Annual report on the working of the mental hospitals in the Madras Presidency - 1912-1932
Year: 1912
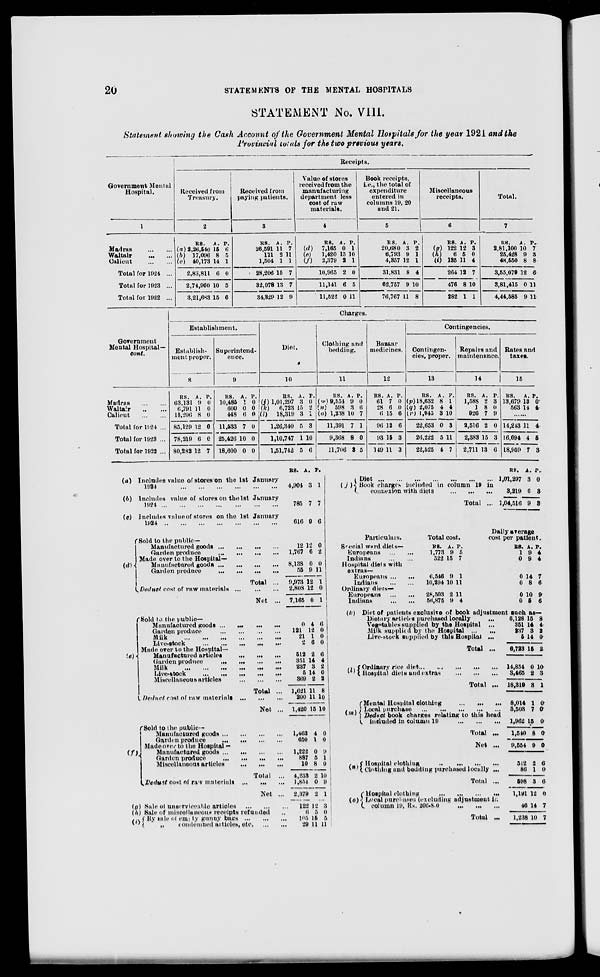
20
STATEMENTS OF THE MENTAL HOSPITALS
STATEMENT No. VIII.
Statement showing the Cash Account of the Government Mental Hospitals for the year 1921 and the
Provincial totals for the two previous years.
Government Mental
Hospital.
1
Madras
...
...
Waltair
...
...
Calicut
...
...
Total for 1924 ...
Total for 1923 ...
Total for 1922 ...
Receipts.
Received from
Treasury.
2
RS.
(a) 2,26,540
(b) 17,096
(c)
40,173
2,83,811
2,74,960
3,21,683
A.
15
8
14
6
10
15
P.
6
5
1
0
3
6
Received from
paying patients.
3
RS.
26,591
111
1,504
28,206
32,078
34,329
A.
11
2
1
15
13
12
P.
7
11
1
7
7
9
Value of stores
received from the
manufacturing
department less
cost of raw
materials.
4
RS.
(d)
7,165
(e)
1,420
(f)
2,379
10,965
11,141
11,522
A.
0
15
2
2
6
0
P.
1
10
1
0
5
11
Book receipts,
i.e., the total of
expenditure
entered in
columns 19, 20
and 21.
5
RS.
20,680
6,793
4,357
31,831
62,757
76,767
A.
3
9
12
8
9
11
P.
2
1
1
4
10
8
Miscellaneous
receipts.
6
RS.
(g) 122
(h)
6
(i) 135
264
476
282
A.
12
5
11
12
8
1
P.
3
0
4
7
10
1
Total.
7
RS.
2,81,100
25,428
48,550
3,55,079
3,81,415
4,44,585
A.
10
9
8
12
0
9
P.
7
3
8
6
11
11
Government
Mental Hospital—
cont.
Madras
...
...
Waltair
...
...
Calicut
...
...
Total for 1924 ...
Total for 1923 ...
Total for 1922 ...
Charges.
Establishment.
Establish-
ment proper.
8
RS.
63,131
6,791
15,206
85,129
78,219
80,282
A.
9
11
8
12
6
12
P.
0
0
0
0
0
7
Superintend-
ence.
9
RS.
10,485
600
448
11,533
25,426
18,600
A.
1
0
6
7
10
0
P.
0
0
0
0
0
0
Diet.
10
RS.
(j) 1,01,297
(k)
6,723
(l)
18,319
1,26,340
1,10,747
1,51,742
A.
3
15
3
5
1
5
P.
0
2
1
3
10
6
Clothing and
bedding.
11
RS.
(w) 9,554
(n)
598
(o) 1,238
11,391
9,368
11,706
A.
9
3
10
7
8
3
P.
0
6
7
1
0
5
Bazaar
medicines.
12
RS.
61
28
6
96
93
149
A.
7
6
15
12
15
11
P.
0
0
6
6
3
3
Contingencies.
Contingen-
cies, proper.
13
RS.
(p)18,632
(q) 2,075
(r)1,945
22,653
26,222
22,525
A.
8
4
3
0
5
4
P.
1
4
10
3
11
7
Repairs and
maintenance.
14
RS.
1,588
1
926
2,516
2,383
2,711
A.
2
8
7
2
15
13
P.
3
0
9
0
3
6
Rates and
taxes.
15
RS.
13,679
563
A.
13
14
P.
0
4
......
14,243
16,694
18,959
11
4
7
4
6
3
(a)
(b)
(c)
(d)
Includes value of stores on the 1st January
1924
...
...
...
...
...
...
Includes value of stores on the 1st January
1924
...
...
...
...
...
...
...
Includes value of stores on the 1st January
1924
...
...
...
...
...
...
...
Sold to the public—
Manufactured goods
...
...
...
...
Garden produce
...
...
...
...
Made over to the Hospital—
Manufactured
goods
...
...
...
...
Garden produce ... ... ... ...
Total ...
Deduct cost of raw materials
...
...
...
Net
...
(e) Sold to the public—
Manufactured goods
...
...
...
...
Garden produce
...
...
...
...
Milk
...
...
...
...
...
...
Live-stock
...
...
...
...
...
Made over to the Hospital—
Manufactured articles
...
...
...
Garden produce
...
...
...
...
Milk
...
...
...
...
...
...
Live-stock
...
...
...
...
...
Miscellaneous articles
...
...
...
Total ...
Deduct cast of raw materials
...
...
...
Net ...
(f)
Sold to the public—
Manufactured goods
...
...
...
...
Garden produce
...
...
...
...
Made over to the Hospital —
Manufactured goods
...
...
...
...
Garden produce
...
...
...
...
Miscellaneous articles ... ... ...
Total
...
Deduct cost of raw materials
...
...
...
Net ...
(g)
(h)
(i)
Sale of unserviceable articles
...
...
...
Sale of miscellaneous receipts refunded ...
By sale of empty gunny bags
...
...
...
„
condemned articles, etc
...
...
RS.
4,904
785
616
A.
3
7
9
P.
1
7
6
12
1,767
12
6
0
2
8,138
55
9,973
2,808
7,165
0
9
12
12
0
0
11
1
0
1
0
121
21
2
4
12
1
6
6
0
0
0
512
351
237
5
369
1,621
200
1,420
2
14
3
14
2
11
11
15
6
4
2
0
2
8
10
10
1,463
650
4
1
0
0
1,222
887
10
4,233
1,854
2,379
122
6
105
29
0
5
8
2
0
2
12
5
15
11
9
1
0
10
9
1
3
0
5
11
(j)
Diet
...
...
...
...
...
...
...
Book charges included in column 19 in
connexion with diets ... ... ...
Total ...
RS.
1,01,297
3,219
1,04,516
A.
3
6
9
P.
0
3
3
Particulars.
Social ward diets—
Europeans
...
...
Indians
...
...
Hospital diets with
extras—
Europeans
...
...
Indians
...
...
Ordinary diers—
Europeans
...
...
Indians
...
...
Total cost.
RS.
1,773
522
A.
9
15
P.
5
7
6,546
10,294
9
10
1
11
28,503
56,875
2
9
11
4
Daily average
cost per patient.
RS.
1
0
A.
9
9
P.
4
4
0
0
14
8
7
6
0
0
10
5
9
6
(k)
Diet of patients exclusive of book adjustment such as-
Dietary articles purchased locally
...
Vegetables supplied by the Hospital
...
Milk supplied by the Hospital
...
...
Live-stock supplied by this Hospital ...
Total ...
(l)
Ordinary rice diet
...
...
...
...
...
Hospital diets and extras
...
...
...
Total ...
(m)
Mental Hospital clothing
...
...
...
Local purchase ... ... ... ... ...
Deduct book charges relating to this head
included in column 19
...
...
...
Total ...
Net ...
(n)
Hospital clothing
...
...
...
...
Clothing and bedding purchased locally ...
Total ...
(o)
Hospital clothing
...
...
...
...
Local purchase (excluding adjustment in
column 19, Rs. 206-8-0
...
...
...
Total ...
6,128
351
237
5
6,723
14,854
3,465
18,319
8,014
3,503
1,962
1,540
9,554
512
86
598
1,191
46
1,238
15
14
3
14
15
0
2
3
1
7
15
8
9
2
1
3
12
14
10
8
4
2
0
2
10
3
1
0
0
0
0
0
6
0
6
0
7
7